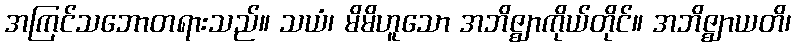
အကြင်သဘောတရားသည်။ သယံ၊ မိမိဟူသော အဘိဇ္ဈာကိုယ်တိုင်။ အဘိဇ္ဈာယတိ၊